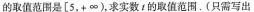
的取值范围是 \left [5，+\infty \right )，求实数t的取值范围。(只需写出